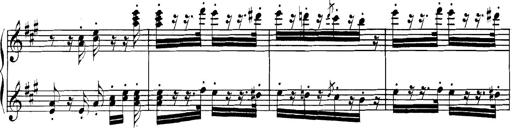
Title: Spinnerlied aus dem Fliegenden HollÃ¤nder
Composer: Franz Liszt